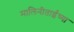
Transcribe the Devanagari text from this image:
मालिनीताईंच्या